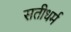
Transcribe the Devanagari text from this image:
सतीधर्म